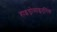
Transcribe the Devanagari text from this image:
हाइड्रोसाइएनिक